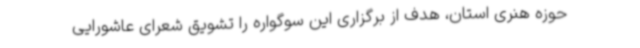
حوزه هنری استان، هدف از برگزاری این سوگواره را تشویق شعرای عاشورایی